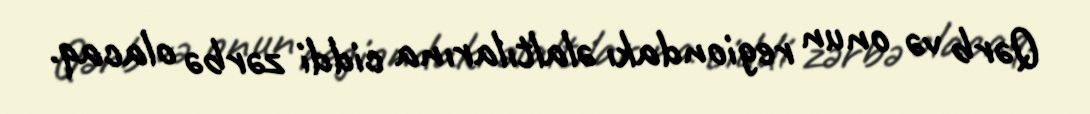
Qərb və onun regiondakı əlaltılarına ciddi zərbə olacaq.